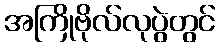
အကြိုဗိုလ်လုပွဲတွင်